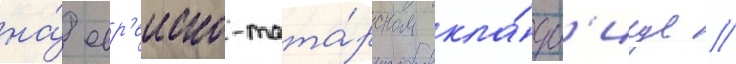
на́ евр'еиско-тата́рском кла́дб'ище //